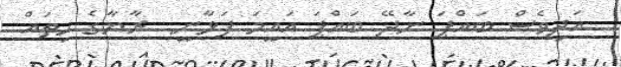
އަދިވެސް ބައްޕަ ނާދޭ ބައްޕަ އައީމަ ފަޅާނީ  ރާޔާގެ ހިތައް